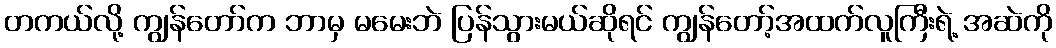
တကယ်လို့ ကျွန်တော်က ဘာမှ မမေးဘဲ ပြန်သွားမယ်ဆိုရင် ကျွန်တော့်အထက်လူကြီးရဲ့ အဆဲကို